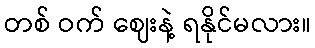
တစ် ဝက် ဈေးနဲ့ ရနိုင်မလား။